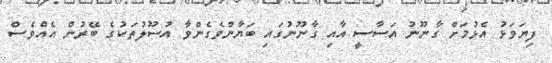
ފިޔަވަޅު އެޅުމަށް ގާނޫނު އަސާސީ އާއި ގާނޫނުގައި ބަޔާންވެގެންވާ އުސޫލުތަކުގެ ބޭރުން އެއްވެސް